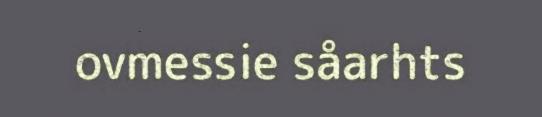
ovmessie såarhts